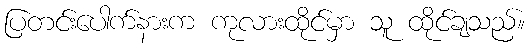
ပြတင်းပေါက်နားက ကုလားထိုင်မှာ သူ ထိုင်ချသည်။